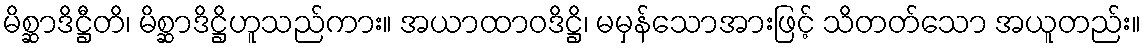
မိစ္ဆာဒိဋ္ဌီတိ၊ မိစ္ဆာဒိဋ္ဌိဟူသည်ကား။ အယာထာဝဒိဋ္ဌိ၊ မမှန်သောအားဖြင့် သိတတ်သော အယူတည်း။